Insane asylums in Bengal annual reports 1867-1875 - 1867-1875
Year: 1867
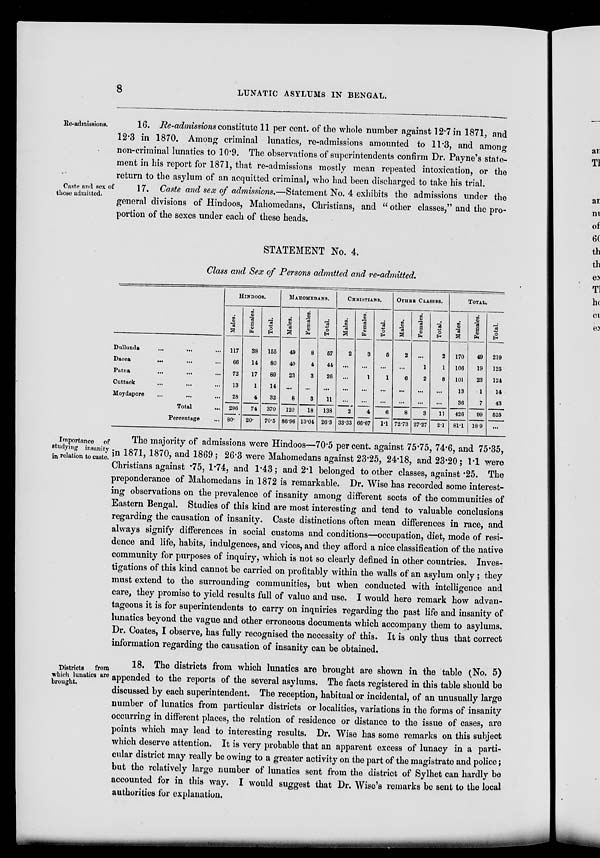
8
LUNATIC ASYLUMS IN BENGAL.
Re-admissions.
16. Re-admissions constitute 11 per cent. of the whole number against 12.7 in 1871, and
12.3 in 1870. Among criminal lunatics, re-admissions amounted to 11.3, and among
non-criminal lunatics to 10.9. The observations of superintendents confirm Dr. Payne's state-
ment in his report for 1871, that re-admissions mostly mean repeated intoxication, or the
return to the asylum of an acquitted criminal, who had been discharged to take his trial.
Caste and sex of
those admitted.
17. Caste and sex of admissions.—Statement No. 4 exhibits the admissions under the
general divisions of Hindoos, Mahomedans, Christians, and " other classes," and the pro-
portion of the sexes under each of these heads.
STATEMENT No. 4.
Class and Sex of Persons admitted and re-admitted.
Dullunda
... ... ...
Dacca
... ... ...
Patna ... ... ...
Cuttack ... ... ...
Moydapore ... ... ...
Total ...
Percentage ...
HINDOOS.
Males.
117
66
72
13
28
296
80.
Females.
38
14
17
1
4
74
20.
Total.
155
80
89
14
32
370
70.5
MAHOMEDANS.
Males.
49
40
23
...
8
120
86.96
Females.
8
4
3
...
3
18
13.04
Total.
57
44
26
...
11
138
26.3
CHRISTIANS.
Males.
2
...
...
...
...
2
33.33
Females.
3
...
1
...
...
4
66.67
Total.
5
...
1
...
...
6
1.1
OTHER CLASSES.
Males.
2
...
6
...
...
8
72.73
Females.
...
1
2
...
...
3
27.27
Total.
2
1
8
...
...
11
2.1
TOTAL.
Males.
170
106
101
13
36
426
81.1
Females.
49
19
23
1
7
99
18.9
Total.
219
125
124
14
43
525
...
Importance of
studying insanity
in relation to caste.
The majority of admissions were Hindoos—70.5 per cent. against 75.75, 74.6, and 75.35,
in 1871, 1870, and 1869 ; 26.3 were Mahomedans against 23.25, 24.18, and 23.20 ; 1.1 were
Christians against .75, 1.74, and 1.43; and 2.1 belonged to other classes, against .25. The
preponderance of Mahomedans in 1872 is remarkable. Dr. Wise has recorded some interest-
ing observations on the prevalence of insanity among different sects of the communities of
Eastern Bengal. Studies of this kind are most interesting and tend to valuable conclusions
regarding the causation of insanity. Caste distinctions often mean differences in race, and
always signify differences in social customs and conditions—occupation, diet, mode of resi-
dence and life, habits, indulgences, and vices, and they afford a nice classification of the native
community for purposes of inquiry, which is not so clearly defined in other countries. Inves-
tigations of this kind cannot be carried on profitably within the walls of an asylum only; they
must extend to the surrounding communities, but when conducted with intelligence and
care, they promise to yield results full of value and use. I would here remark how advan-
tageous it is for superintendents to carry on inquiries regarding the past life and insanity of
lunatics beyond the vague and other erroneous documents which accompany them to asylums.
Dr. Coates, I observe, has fully recognised the necessity of this. It is only thus that correct
information regarding the causation of insanity can be obtained.
Districts
from
which lunatics are
brought.
18. The districts from which lunatics are brought are shown in the table (No. 5)
appended to the reports of the several asylums. The facts registered in this table should be
discussed by each superintendent. The reception, habitual or incidental, of an unusually large
number of lunatics from particular districts or localities, variations in the forms of insanity
occurring in different places, the relation of residence or distance to the issue of cases, are
points which may lead to interesting results. Dr. Wise has some remarks on this subject
which deserve attention. It is very probable that an apparent excess of lunacy in a parti-
cular district may really be owing to a greater activity on the part of the magistrate and police;
but the relatively large number of lunatics sent from the district of Sylhet can hardly be
accounted for in this way. I would suggest that Dr. Wise's remarks be sent to the local
authorities for explanation.